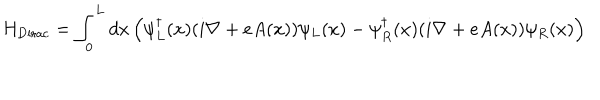
H _ { \mathrm { D i r a c } } = \int _ { 0 } ^ { L } d x \left( \psi _ { L } ^ { \dagger } ( x ) ( i \nabla + e A ( x ) ) \psi _ { L } ( x ) - \psi _ { R } ^ { \dagger } ( x ) ( i \nabla + e A ( x ) ) \psi _ { R } ( x ) \right)